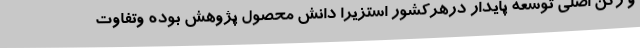
و رکن اصلی توسعه پایدار درهرکشور استزیرا دانش محصول پژوهش بوده وتفاوت